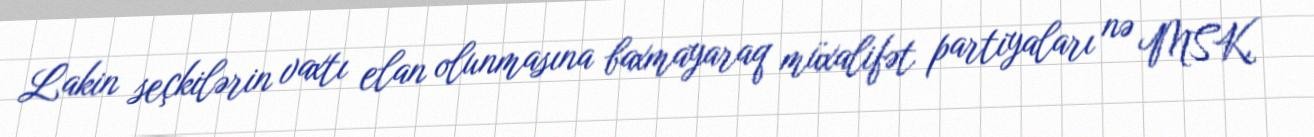
Lakin seçkilərin vaxtı elan olunmasına baxmayaraq müxalifət partiyaları nə MSK,